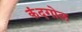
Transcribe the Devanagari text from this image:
कंदगोल